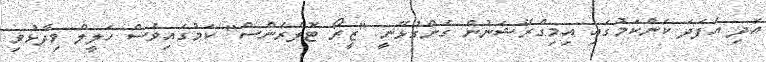
އަދި އެފަދަ ކަންކަމުގައި އިމިގްރޭޝަނުން ގެންގުޅޭނީ "ޒީރޯ ޓޮލެރެންސް" ކަމުގައިވެސް ހަލީލް ވިދާޅުވި